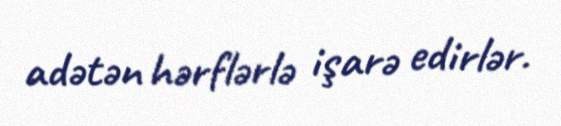
adətən hərflərlə işarə edirlər.